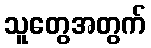
သူတွေအတွက်